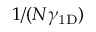
1 / ( N \gamma _ { \mathrm { 1 D } } )